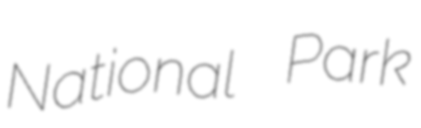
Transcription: National Park